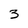
Character: 3